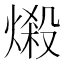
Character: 𪹤